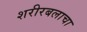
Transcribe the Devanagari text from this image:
शरीरबलाचा